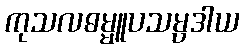
ကုသလဓမ္မူပသမ္ပဒါယ